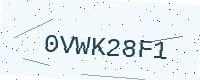
Text: 0VWK28F1